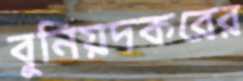
বুনিয়দকরের